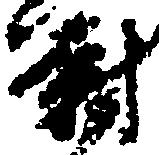
尉